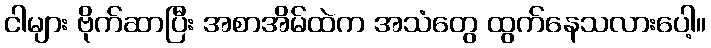
ငါများ ဗိုက်ဆာပြီး အစာအိမ်ထဲက အသံတွေ ထွက်နေသလားပေါ့။